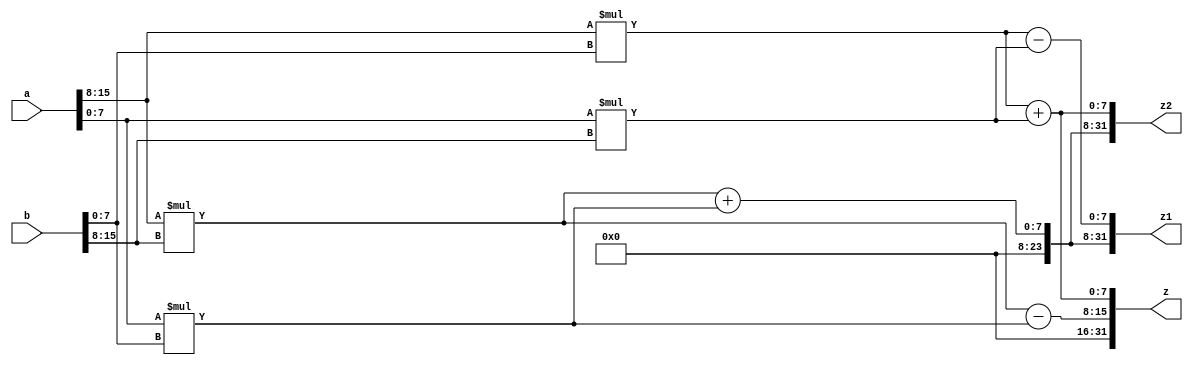
module dsp_mul_complex_eq(a, b, z, z1, z2);
input [15:0] a, b;
output [31:0] z, z1, z2;
assign z = {((a[15:8]*b[15:8])-(a[7:0]*b[7:0])),((a[15:8]*b[7:0])+(a[7:0]*b[15:8]))};
assign z1 = {((a[15:8]*b[15:8])+(a[7:0]*b[7:0])),((a[15:8]*b[7:0])-(a[7:0]*b[15:8]))};
assign z2 = {((a[15:8]*b[15:8])+(a[7:0]*b[7:0])),((a[15:8]*b[7:0])+(a[7:0]*b[15:8]))};
endmodule